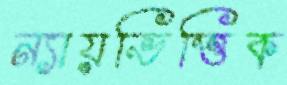
ন্যায়ভিত্তিক